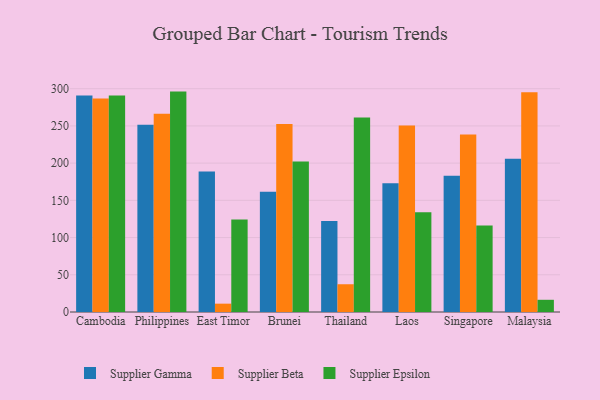
{"axis": {"x": "Country", "y": "Shipments"}, "legend": ["Supplier Beta", "Supplier Epsilon", "Supplier Gamma"], "data": [{"x": "Cambodia", "y": 290.9, "type": "Supplier Gamma"}, {"x": "Cambodia", "y": 286.7, "type": "Supplier Beta"}, {"x": "Cambodia", "y": 290.9, "type": "Supplier Epsilon"}, {"x": "Philippines", "y": 251.7, "type": "Supplier Gamma"}, {"x": "Philippines", "y": 266.4, "type": "Supplier Beta"}, {"x": "Philippines", "y": 296.1, "type": "Supplier Epsilon"}, {"x": "East Timor", "y": 188.7, "type": "Supplier Gamma"}, {"x": "East Timor", "y": 11.2, "type": "Supplier Beta"}, {"x": "East Timor", "y": 124.3, "type": "Supplier Epsilon"}, {"x": "Brunei", "y": 161.5, "type": "Supplier Gamma"}, {"x": "Brunei", "y": 252.6, "type": "Supplier Beta"}, {"x": "Brunei", "y": 202.2, "type": "Supplier Epsilon"}, {"x": "Thailand", "y": 122.1, "type": "Supplier Gamma"}, {"x": "Thailand", "y": 37.3, "type": "Supplier Beta"}, {"x": "Thailand", "y": 261.4, "type": "Supplier Epsilon"}, {"x": "Laos", "y": 172.9, "type": "Supplier Gamma"}, {"x": "Laos", "y": 250.4, "type": "Supplier Beta"}, {"x": "Laos", "y": 134.0, "type": "Supplier Epsilon"}, {"x": "Singapore", "y": 182.9, "type": "Supplier Gamma"}, {"x": "Singapore", "y": 238.3, "type": "Supplier Beta"}, {"x": "Singapore", "y": 116.1, "type": "Supplier Epsilon"}, {"x": "Malaysia", "y": 205.8, "type": "Supplier Gamma"}, {"x": "Malaysia", "y": 295.2, "type": "Supplier Beta"}, {"x": "Malaysia", "y": 16.4, "type": "Supplier Epsilon"}]}